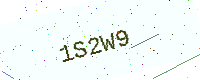
Text: 1S2W9